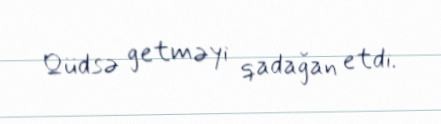
Qüdsə getməyi qadağan etdi.